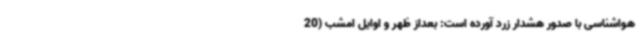
هواشناسی با صدور هشدار زرد آورده است: بعداز ظهر و اوایل امشب (20